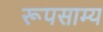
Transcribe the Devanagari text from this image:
रूपसाम्य